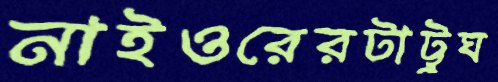
নাইওরেরটাট্টুঘ